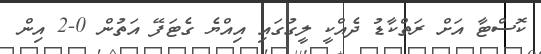
ކޮސްޓާ އަށް ރަތްކާޑު ދެއްކީ ލީގުގައި އިއްޔެ ގެޓަފޭ އަތުން 0-2 އިން